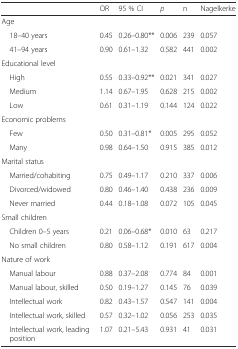
|  | OR | 95 % CI | p | n | Nagelkerke |
 | --- | --- | --- | --- | --- | --- |
 | <COLSPAN=6> Age |
 | 18–40 years | 0.45 | 0.26–0.80** | 0.006 | 239 | 0.057 |
 | 41–94 years | 0.90 | 0.61–1.32 | 0.582 | 441 | 0.002 |
 | <COLSPAN=6> Educational level |
 | High | 0.55 | 0.33–0.92** | 0.021 | 341 | 0.027 |
 | Medium | 1.14 | 0.67–1.95 | 0.628 | 215 | 0.002 |
 | Low | 0.61 | 0.31–1.19 | 0.144 | 124 | 0.022 |
 | <COLSPAN=6> Economic problems |
 | Few | 0.50 | 0.31–0.81* | 0.005 | 295 | 0.052 |
 | Many | 0.98 | 0.64–1.50 | 0.915 | 385 | 0.012 |
 | <COLSPAN=6> Marital status |
 | Married/cohabiting | 0.75 | 0.49–1.17 | 0.210 | 337 | 0.006 |
 | Divorced/widowed | 0.80 | 0.46–1.40 | 0.438 | 236 | 0.009 |
 | Never married | 0.44 | 0.18–1.08 | 0.072 | 105 | 0.045 |
 | <COLSPAN=6> Small children |
 | Children 0–5 years | 0.21 | 0.06–0.68* | 0.010 | 63 | 0.217 |
 | No small children | 0.80 | 0.58–1.12 | 0.191 | 617 | 0.004 |
 | <COLSPAN=6> Nature of work |
 | Manual labour | 0.88 | 0.37–2.08 | 0.774 | 84 | 0.001 |
 | Manual labour, skilled | 0.50 | 0.19–1.27 | 0.145 | 76 | 0.039 |
 | Intellectual work | 0.82 | 0.43–1.57 | 0.547 | 141 | 0.004 |
 | Intellectual work, skilled | 0.57 | 0.32–1.02 | 0.056 | 253 | 0.035 |
 | Intellectual work, leading position | 1.07 | 0.21–5.43 | 0.931 | 41 | 0.031 |